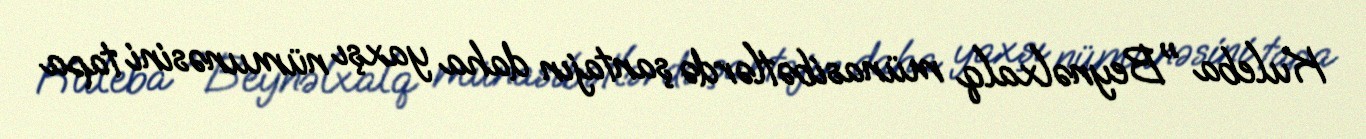
Kuleba "Beynəlxalq münasibətlərdə şantajın daha yaxşı nümunəsini tapa